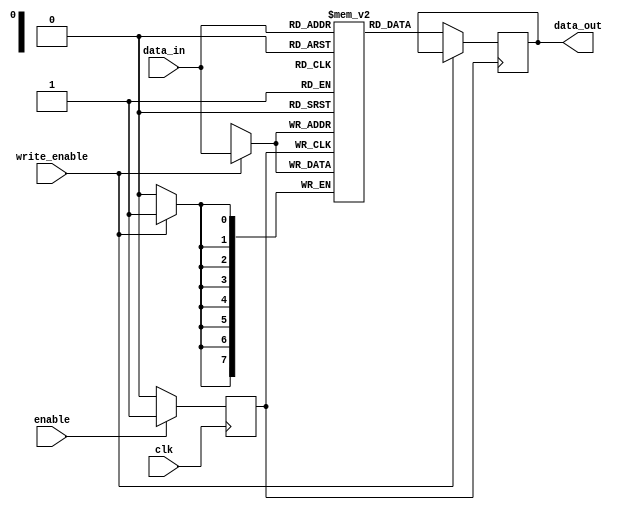
module MemoryBlock (
    input wire clk,          // Original clock signal
    input wire enable,       // Enable signal for clock gating
    input wire [7:0] data_in,// Data input
    input wire write_enable, // Signal to write data to memory
    output reg [7:0] data_out // Data output
);

    // Memory storage (example: 256 x 8-bit memory)
    reg [7:0] memory [255:0];

    // Gated clock signal
    wire gated_clk;
    reg gated_clk_reg;

    // Clock gating logic
    always @(posedge clk) begin
        if (enable) begin
            gated_clk_reg <= 1'b1; // Allow clock to pass through
        end else begin
            gated_clk_reg <= 1'b0;  // Block clock
        end
    end

    assign gated_clk = gated_clk_reg;

    // Memory operations
    always @(posedge gated_clk) begin
        if (write_enable) begin
            // Write data to memory
            memory[data_in[7:0]] <= data_in; // Example: using lower 8 bits of data_in as address
        end else begin
            // Read data from memory
            data_out <= memory[data_in[7:0]]; // Example: using lower 8 bits of data_in as address
        end
    end

endmodule